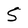
Character: S